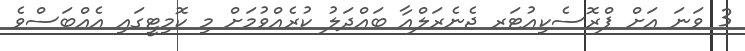
3 ވަނަ އަށް ޕްރޮސެކިއުޓަރ ޖެނެރަލްއާ ބައްދަލު ކުރެއްވުމަށް މި ކޮމިޓީގައި އެއްބަސްވެ